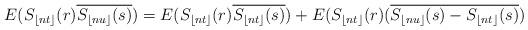
LaTeX: \begin{align*}E(S_{\lfloor nt \rfloor}(r)\overline{S_{\lfloor nu \rfloor}(s)})=E(S_{\lfloor nt \rfloor}(r)\overline{S_{\lfloor nt \rfloor}(s)}) + E(S_{\lfloor nt \rfloor}(r)(\overline{S_{\lfloor nu \rfloor}(s)-S_{\lfloor nt \rfloor}(s)}) \end{align*}